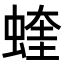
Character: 蝰